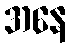
အနေ